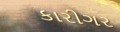
કારીગર